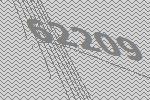
62209